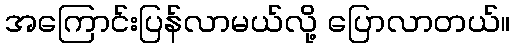
အကြောင်းပြန်လာမယ်လို့ ပြောလာတယ်။